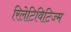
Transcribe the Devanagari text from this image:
रिलेटिविटिज्म